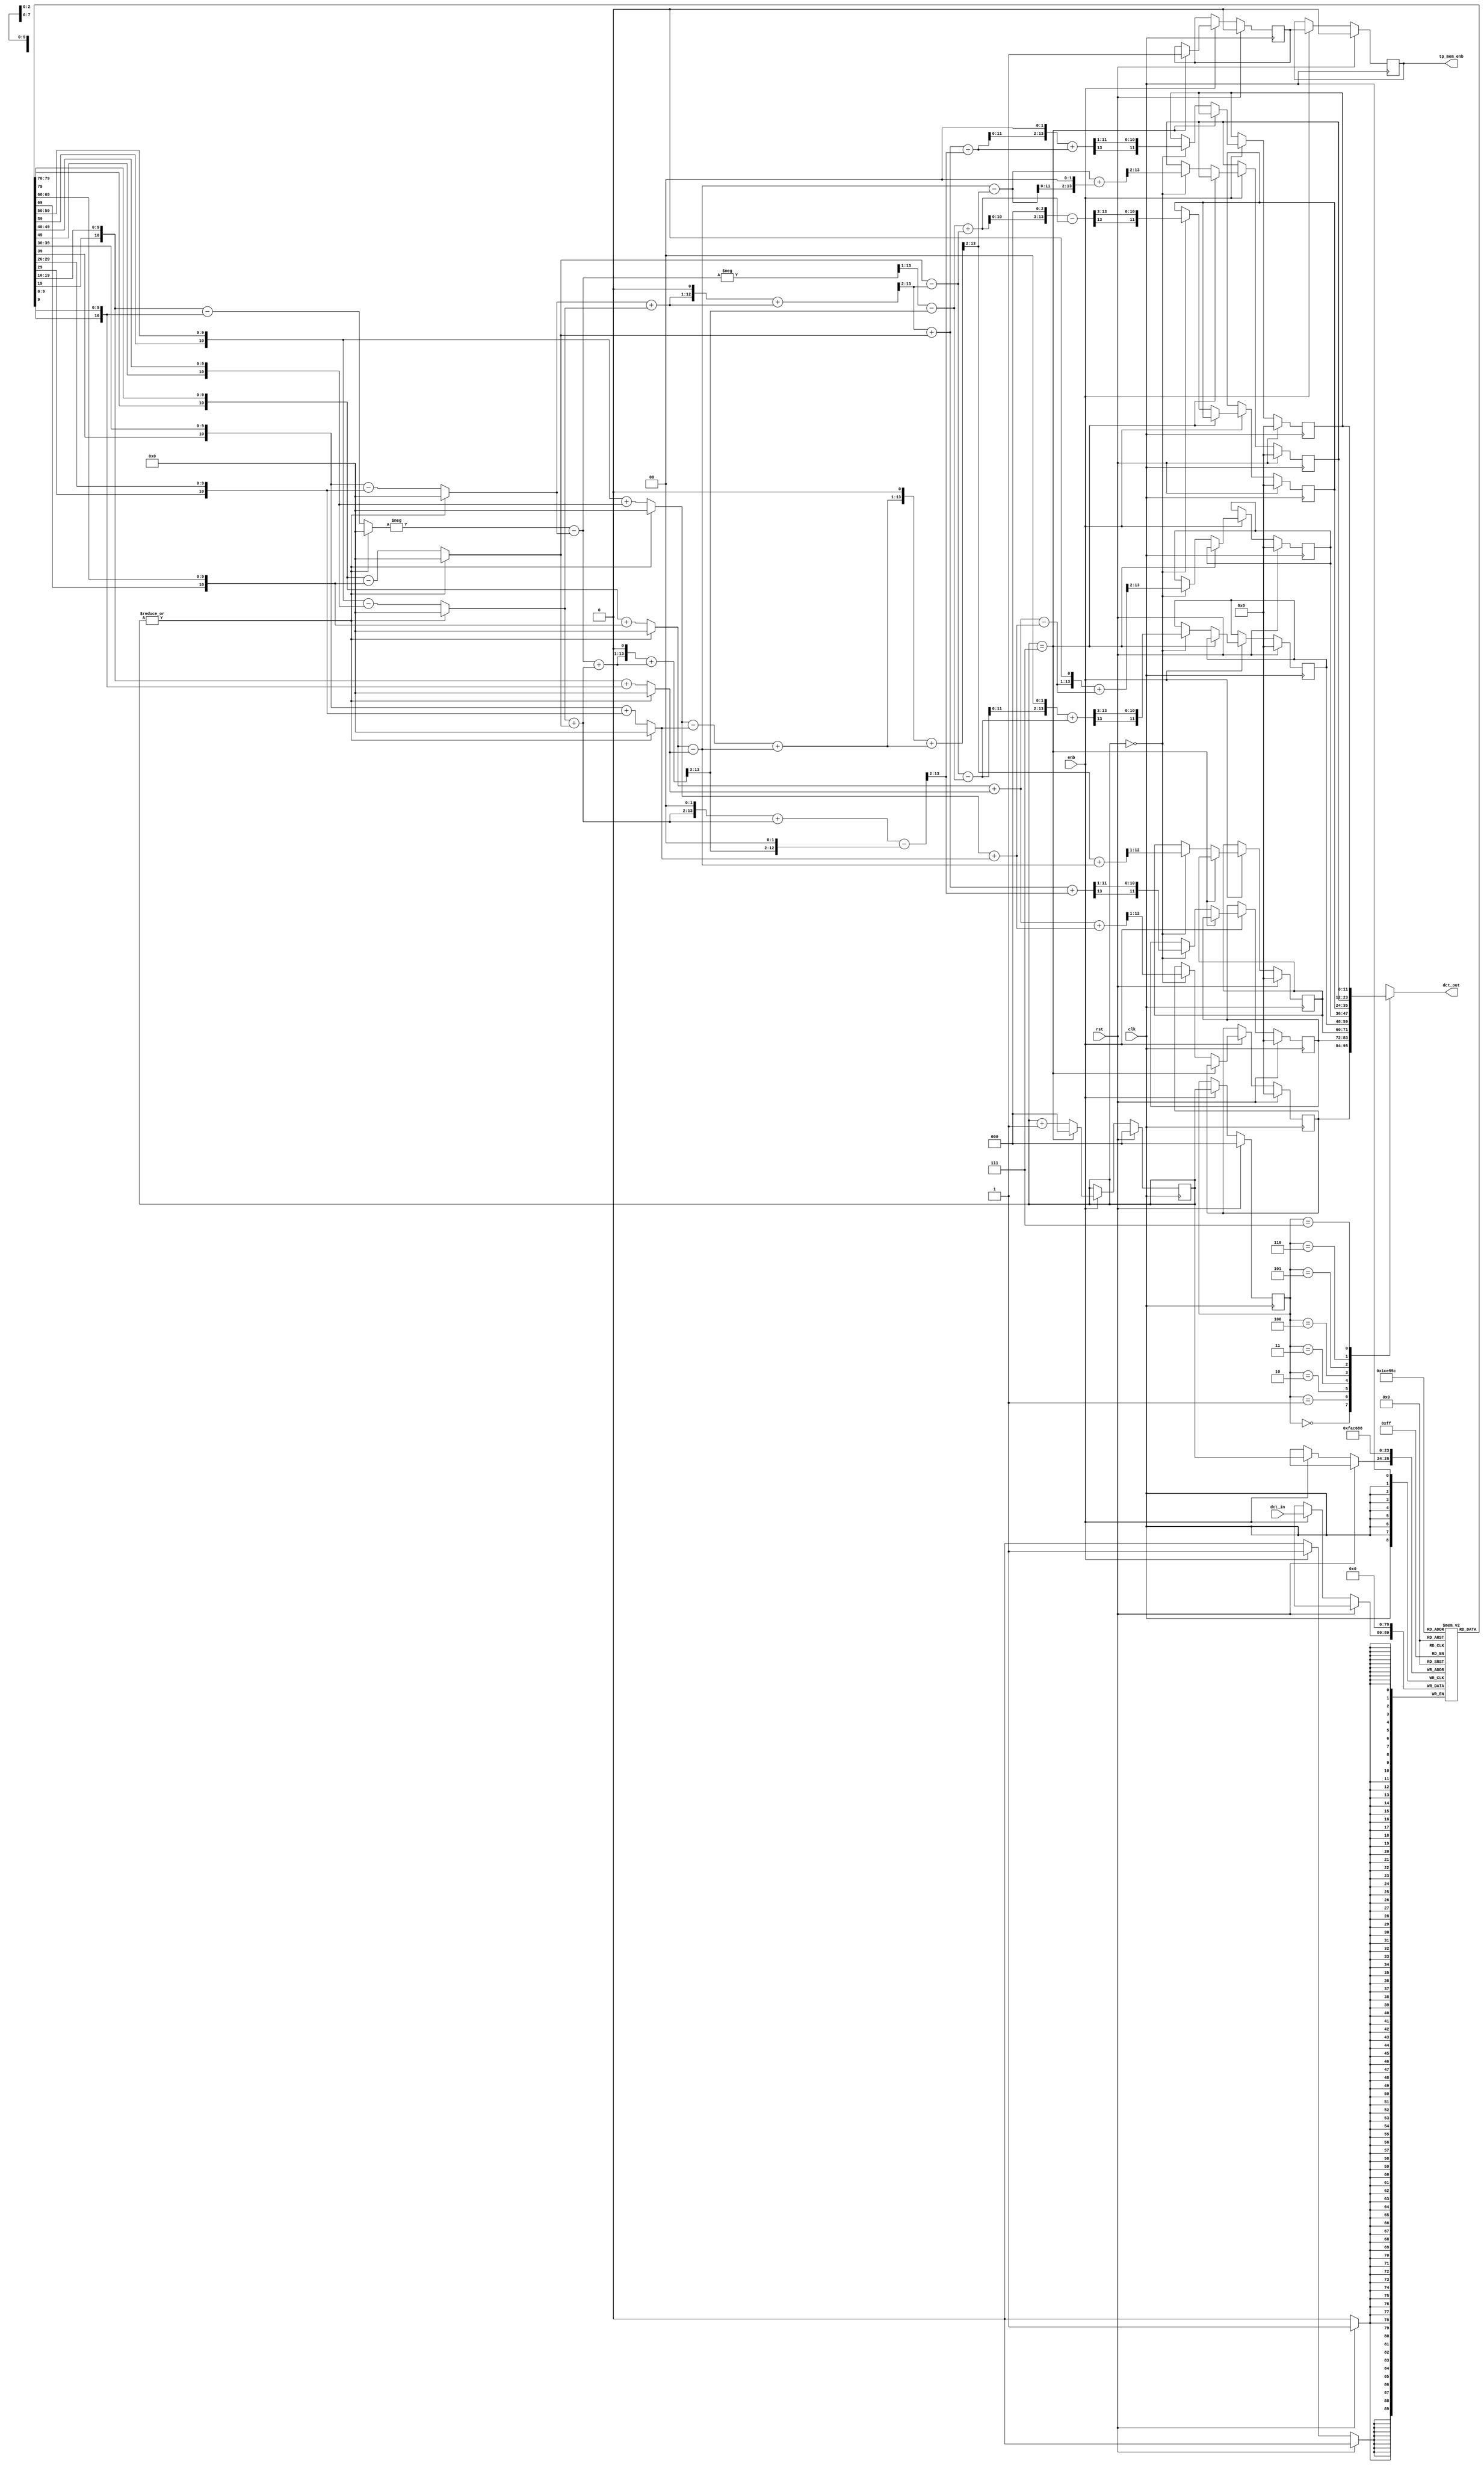
module dct_2d
#(  parameter BWo = 12,
    parameter BWi = 10)
(
    output [BWo-1:0] dct_out,
    output tp_mem_enb,
    input  [BWi-1:0] dct_in, // BWi
    input  clk, rst, enb
);

reg signed [BWi-1:0] data_10bx8 [0:7];
reg signed [BWo-1:0] data_outs [0:7];
reg [2:0] cnt_data, cnt_data_out;
reg tp_enb, tp_enb_delayed;

wire signed [BWi:0] v0, v1, v2, v3, v4, v5, v6, v7;
wire signed [BWi+1:0] v8, v9, v10, v11, v12, vv13, v14;
wire signed [BWi+2:0] v15, v16, vv17, vv18;
wire signed [BWi+3:0] v13;
wire signed [BWi+3:0] v17, v18, v19, v20, v21, v22, v23, v24;
wire signed [BWi+3:0] v25, v26, v27, v28;
// wire signed [11:0] v13;
wire signed [BWi+3:0] out1, out2, out3, out4, out5, out6, out7;

assign v0 = (|cnt_data) ?  10'b0 : ({data_10bx8[0][BWi-1], data_10bx8[0]} + {data_10bx8[7][BWi-1], data_10bx8[7]}); // 9
assign v1 = (|cnt_data) ?  10'b0 : ({data_10bx8[1][BWi-1], data_10bx8[1]} + {data_10bx8[6][BWi-1], data_10bx8[6]}); // 9
assign v2 = (|cnt_data) ?  10'b0 : ({data_10bx8[2][BWi-1], data_10bx8[2]} + {data_10bx8[5][BWi-1], data_10bx8[5]}); // 9
assign v3 = (|cnt_data) ?  10'b0 : ({data_10bx8[3][BWi-1], data_10bx8[3]} + {data_10bx8[4][BWi-1], data_10bx8[4]}); // 9
assign v4 = (|cnt_data) ?  10'b0 : ({data_10bx8[3][BWi-1], data_10bx8[3]} - {data_10bx8[4][BWi-1], data_10bx8[4]}); // 9
assign v5 = (|cnt_data) ?  10'b0 : ({data_10bx8[2][BWi-1], data_10bx8[2]} - {data_10bx8[5][BWi-1], data_10bx8[5]}); // 9
assign v6 = (|cnt_data) ?  10'b0 : ({data_10bx8[1][BWi-1], data_10bx8[1]} - {data_10bx8[6][BWi-1], data_10bx8[6]}); // 9
assign v7 = (|cnt_data) ?  10'b0 : ({data_10bx8[0][BWi-1], data_10bx8[0]} - {data_10bx8[7][BWi-1], data_10bx8[7]}); // 9

assign v8 = v0 + v3;
assign v9 = v1 + v2;
assign v10 = v1 - v2;
assign v11 = v0 - v3;
assign v12 = -v4 - v5;
assign vv13 = v5 + v6;
assign v13 = ((vv13 <<< 1) + vv13) >>> 2;
assign v14 = v6 + v7;

assign v15 = v8 + v9;
assign v16 = v8 - v9;
assign vv17 = v10 + v11;
assign vv18 = v12 + v14;
assign v17 = ((vv17 <<< 1) + vv17) >>> 2;
assign v18 = ((vv18 <<< 1) + vv18) >>> 3;

assign v19 = ((-v12) >>> 1) - v18;
assign v20 = (((v14 <<< 2) + v14) - (v18 <<< 2)) >>> 2;

assign v21 = v17 + v11;
assign v22 = v11 - v17;
assign v23 = v13 + v7; 
assign v24 = v7 - v13; 

assign v25 = v19 + v24;
assign v26 = v23 + v20;
assign v27 = v23 - v20;
assign v28 = v24 - v19;

assign out1 = v26 >>> 1;
assign out2 = v21 >>> 1;
assign out3 = ((v28 <<< 2) + v28) >>> 3;
assign out4 = ((v16 <<< 1) + v16) >>> 2;
assign out5 = ((v25 <<< 3) - v25) >>> 3;
assign out6 = (v22 + (v22 <<< 2)) >>> 2;
assign out7 = ((v27 <<< 2) + v27) >>> 1;

assign dct_out = data_outs[cnt_data_out];

assign tp_mem_enb = tp_enb_delayed;

always @ (posedge clk) begin
    if (rst) begin
        data_10bx8[0] <= 10'b0;
        data_10bx8[1] <= 10'b0;
        data_10bx8[2] <= 10'b0;
        data_10bx8[3] <= 10'b0;
        data_10bx8[4] <= 10'b0;
        data_10bx8[5] <= 10'b0;
        data_10bx8[6] <= 10'b0;
        data_10bx8[7] <= 10'b0;

        data_outs[0] <= 12'b0;
        data_outs[1] <= 12'b0;
        data_outs[2] <= 12'b0;
        data_outs[3] <= 12'b0;
        data_outs[4] <= 12'b0;
        data_outs[5] <= 12'b0;
        data_outs[6] <= 12'b0;
        data_outs[7] <= 12'b0;

        cnt_data <= 3'b0;
        cnt_data_out <= 3'b0;
        tp_enb <= 1'b0;
        tp_enb_delayed <= 1'b0;
    end
    else if (enb) begin
        if (cnt_data == 3'd7) begin
            cnt_data <= 3'b0;
            tp_enb <= 1'b1;
        end
        else if (cnt_data == 3'b0) begin
            data_outs[0] <=  v15[BWi+2 -: BWo];
            data_outs[1] <= {out1[BWi+3], out1[0 +: BWo - 1]};
            data_outs[2] <= {out2[BWi+3], out2[0 +: BWo - 1]};
            data_outs[3] <= {out3[BWi+3], out3[0 +: BWo - 1]};
            data_outs[4] <= {out4[BWi+3], out4[0 +: BWo - 1]};
            data_outs[5] <= {out5[BWi+3], out5[0 +: BWo - 1]};
            data_outs[6] <= {out6[BWi+3], out6[0 +: BWo - 1]};
            data_outs[7] <= {out7[BWi+3], out7[0 +: BWo - 1]};

            cnt_data <= cnt_data + 3'b1;
        end
        else begin
            cnt_data <= cnt_data + 3'b1;
        end
        
        cnt_data_out <= cnt_data;
        tp_enb_delayed <= tp_enb;

        data_10bx8[cnt_data] <= dct_in;
    end
end

endmodule